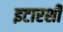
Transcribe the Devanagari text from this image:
इटारशी